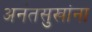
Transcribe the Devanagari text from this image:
अनंतसुखांना